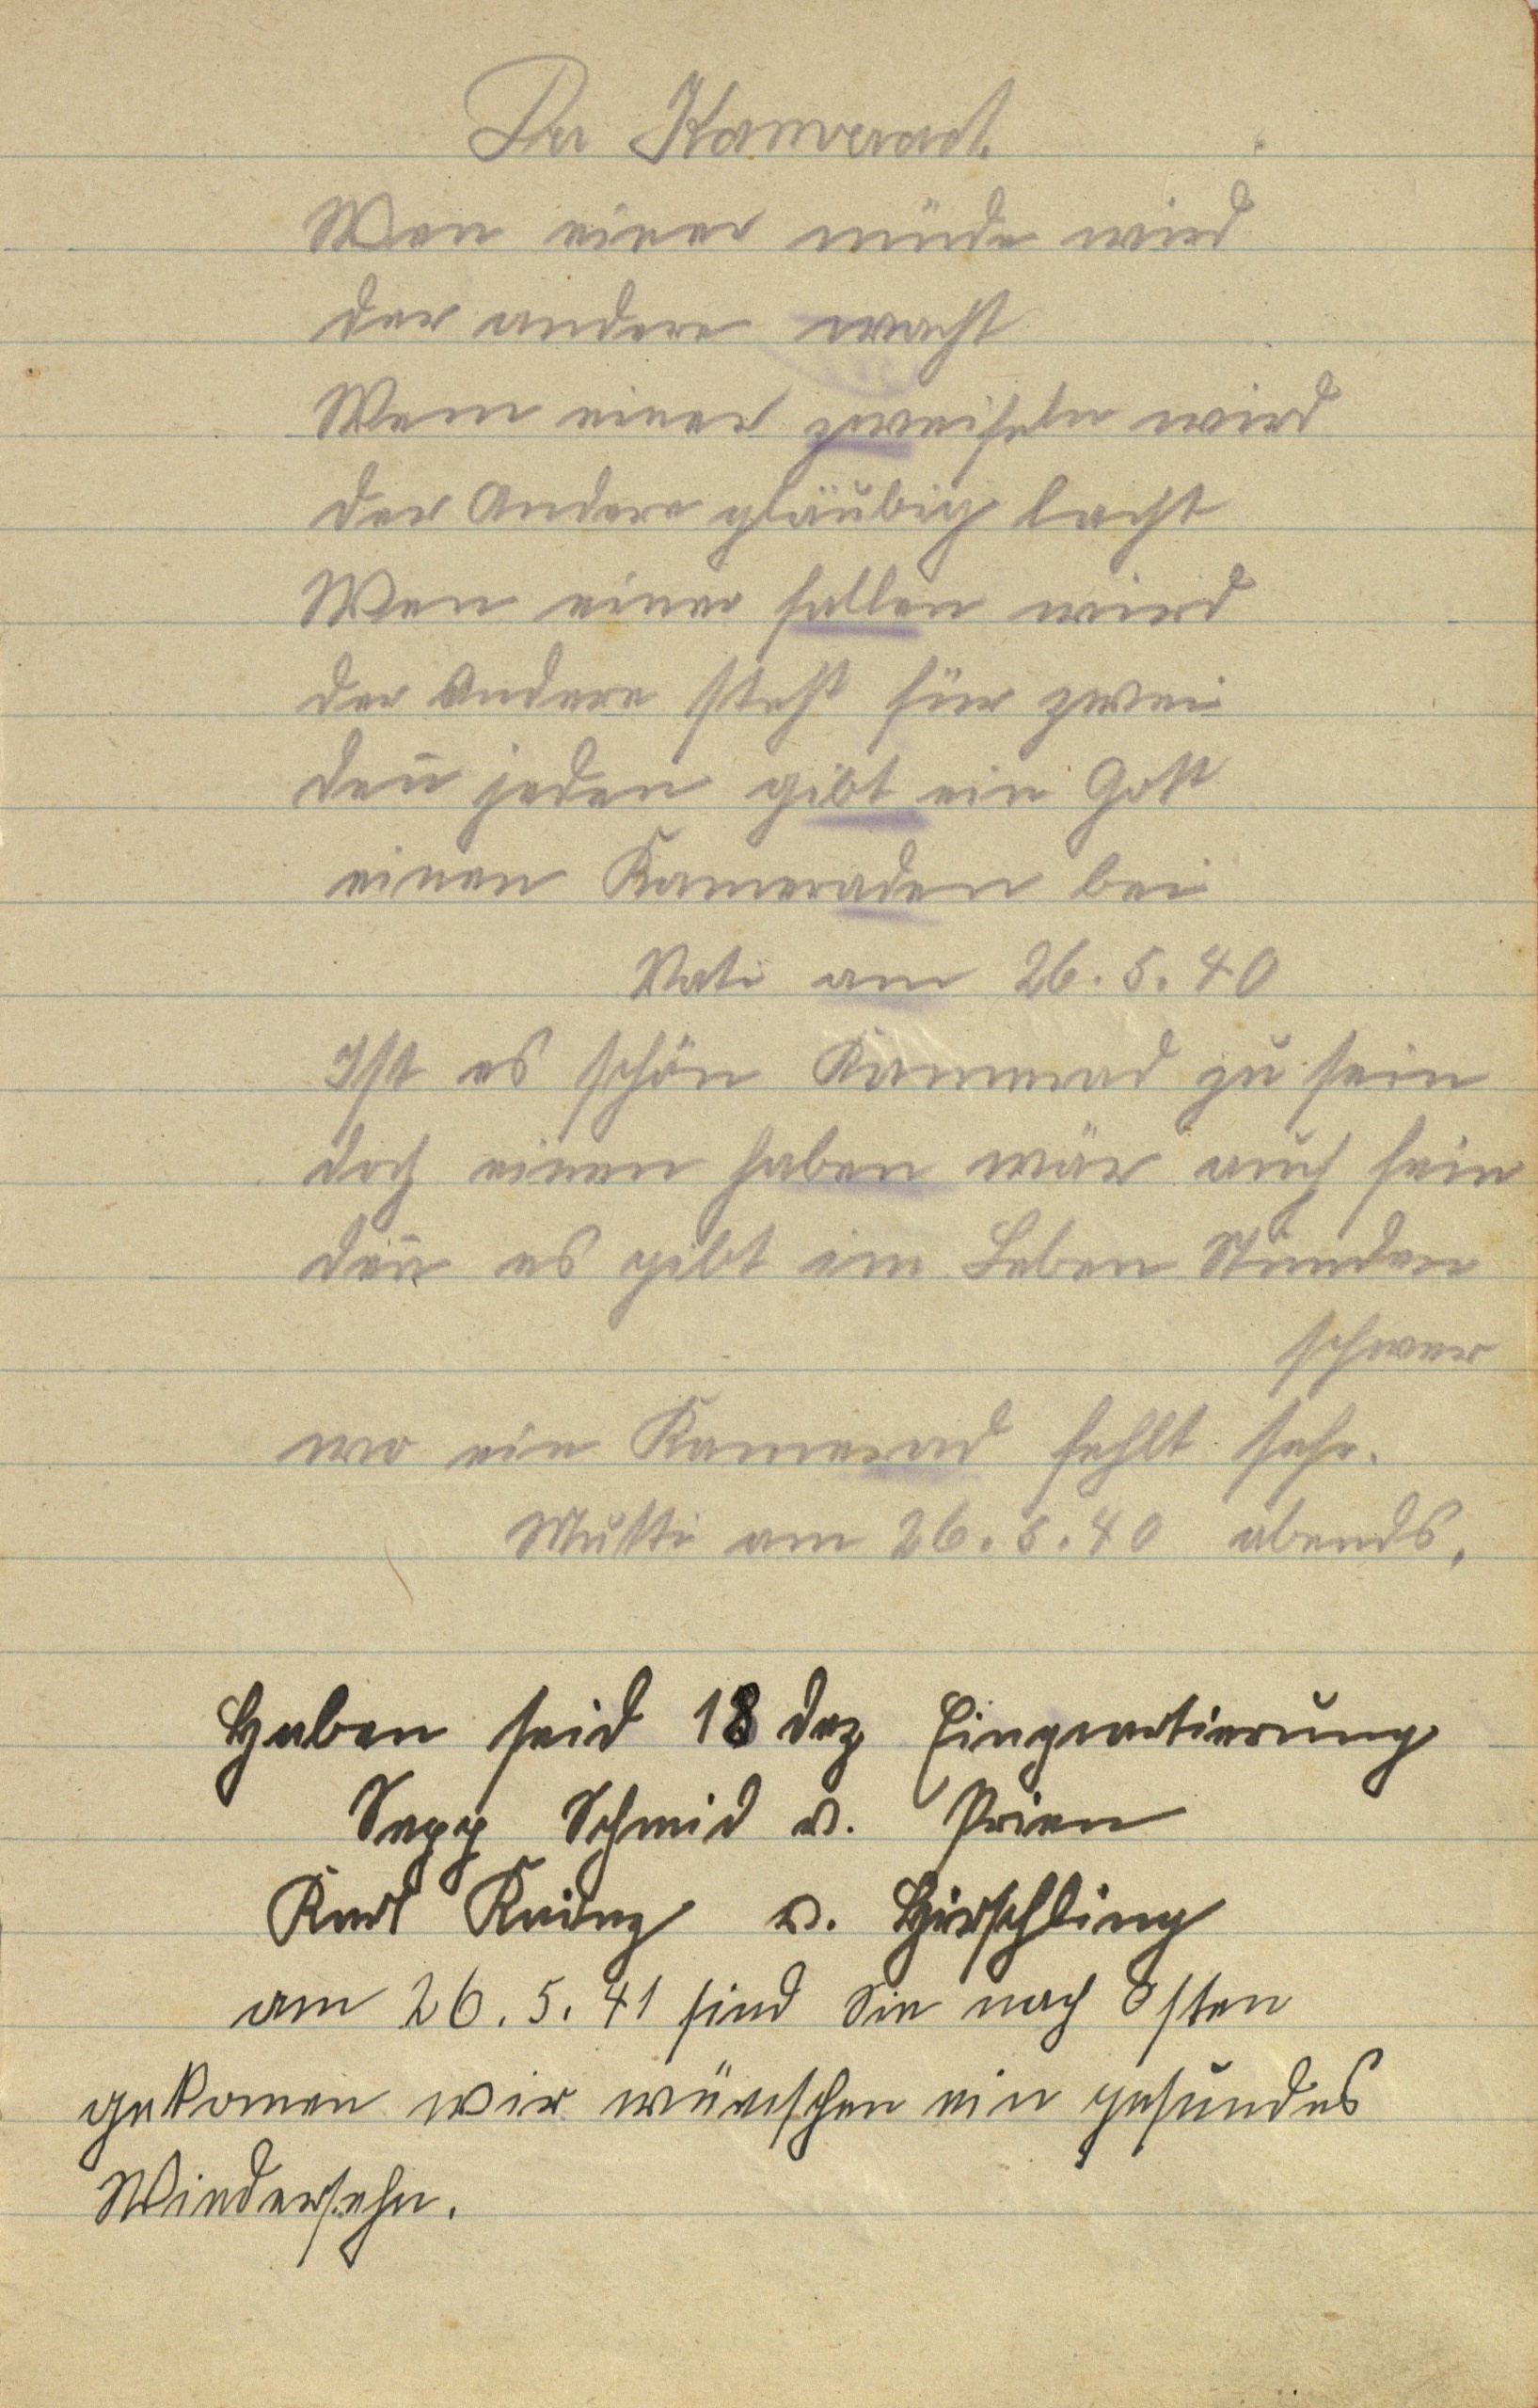
Der Kamerad.
Wenn einer müde wird
der andere wacht
Wenn einer zweifeln wird
der andere gläubig lacht
Wen einer fallen wird
der andere steht für zwei
Denn jeden gibt ein Gott
einen Kameraden bei
Vati am 26.5.40
Ist es schön Kamerad zu sein
doch einen haben wär auch fein
denn es gibt im Leben Stunden
schwer
wo ein Kamerad fehlt sehr
Mutti am 26.6.40 abends
Haben seid 18 Dez Einquartierung
Sepp Schmid v. Prien
Kurt Knirez v. Hirschling
am 26.5.41 sind sie nach osten
gekomen wir wünschen ein gesundes
Wiedersehen.